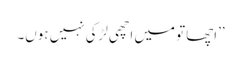
’’اچھا تو میں اچھی لڑکی نہیں ہوں۔